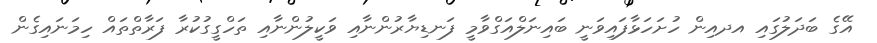
އޭގެ ބަދަލުގައި އދއިން ހުށަހަޅާފައިވަނީ ބައިނަލްއަގްވާމީ ފަނޑިޔާރުންނާއި ވަކީލުންނާއި ތަހްގީގުކުރާ ފަރާތްތައް ހިމަނައިގެން